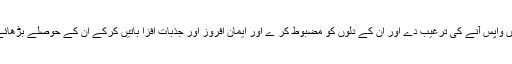
( 3 ) اگر مجاہدین پسپا ہو نے لگیں تو ان کے پیچھے جا کر انہیں واپس آنے کی ترغیب دے اور ان کے دلوں کو مضبوط کر ے اور ایمان افروز اور جذبات افزا باتیں کرکے ان کے حوصلے بڑھائے اور اپنے ساتھیوں کو سہارا دے کر پھر لڑائی پر آمادہ کرے ۔